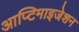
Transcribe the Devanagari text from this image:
आप्टिमाइजेशन